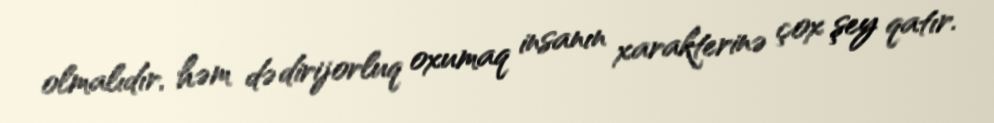
olmalıdır, həm də dirijorluq oxumaq insanın xarakterinə çox şey qatır.